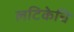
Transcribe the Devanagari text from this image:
लटिकेचि